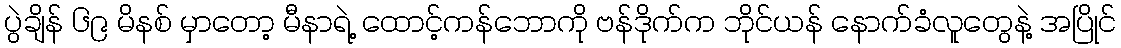
ပွဲချိန် ၆၉ မိနစ် မှာတော့ မီနာရဲ့ ထောင့်ကန်ဘောကို ဗန်ဒိုက်က ဘိုင်ယန် နောက်ခံလူတွေနဲ့ အပြိုင်